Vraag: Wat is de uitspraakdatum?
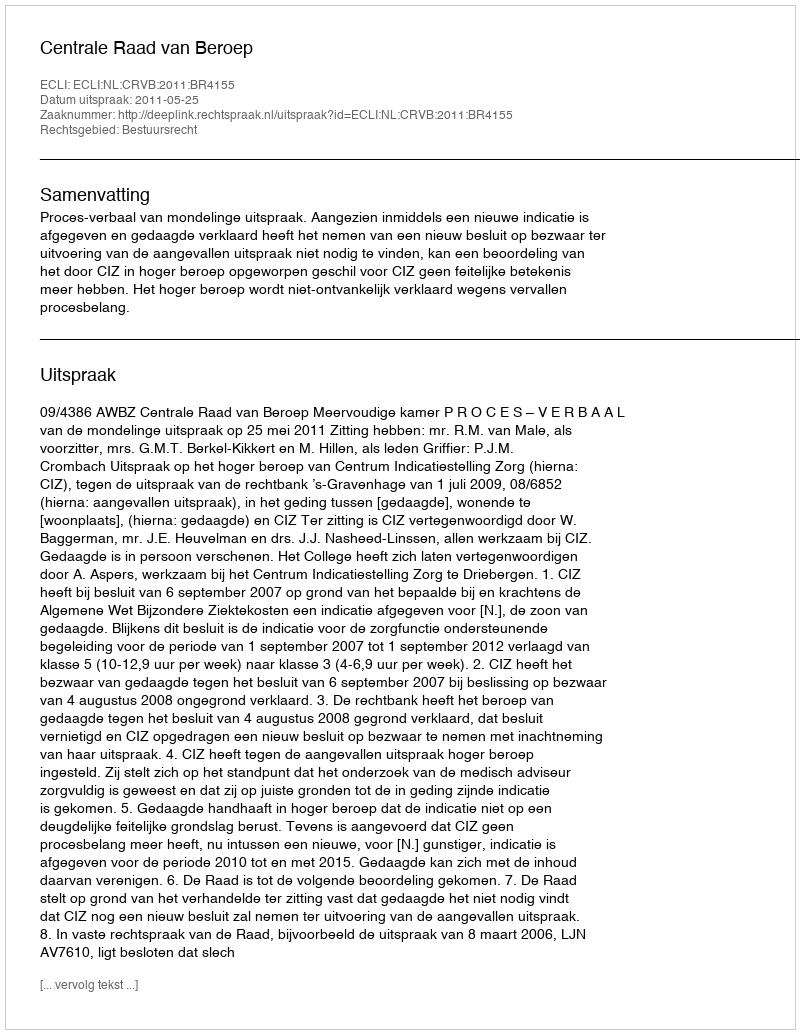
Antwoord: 2011-05-25